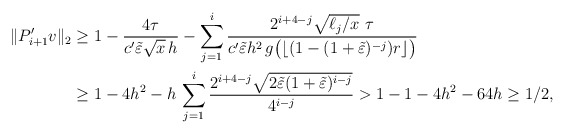
\begin{align*}\|P_{i+1}'v\|_2&\geq 1-\frac{4\tau}{c' \tilde\varepsilon \sqrt{x}\,h}-\sum_{j=1}^i \frac{2^{i+4-j}\sqrt{\ell_j/x}\,\,\tau}{c'\tilde\varepsilon h^2\,g\big(\lfloor(1-(1+\tilde\varepsilon)^{-j})r\rfloor\big)}\\&\geq 1-4h^2-h\,\sum_{j=1}^i \frac{2^{i+4-j}\sqrt{2\tilde\varepsilon (1+\tilde\varepsilon)^{i-j}}}{4^{i-j}}>1-1-4h^2-64h\geq 1/2,\end{align*}